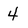
Character: 4